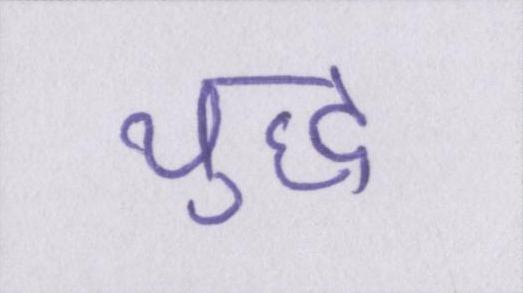
युद्ध